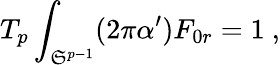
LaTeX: T_{p}\int_{\mathfrak{S}^{p-1}}(2\pi\alpha^{\prime})F_{0r}=1\ ,